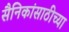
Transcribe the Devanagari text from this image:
सैनिकांसाठीच्या